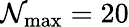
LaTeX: \mathcal{N}_{\mathrm{{max}}}=20